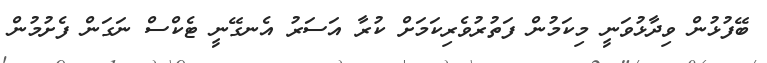
ބޭފުޅުން ވިދާޅުވަނީ މިކަމުން ފަތުރުވެރިކަމަށް ކުރާ އަސަރު އެނގޭނީ ޓެކްސް ނަގަން ފެށުމުން